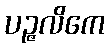
ပဉ္ဇလိကေ